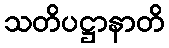
သတိပဋ္ဌာနာတိ